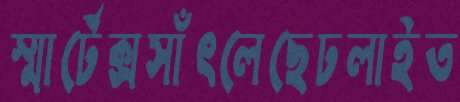
স্মার্টেক্সসাঁৎলেছেঢলাইত